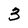
Character: 3